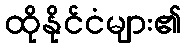
ထိုနိုင်ငံများ၏